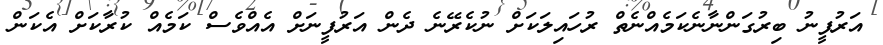
އަރުފީނު ބިރުގަންނާނެކަމެއްނެތް ރުހައިލަކަށް ނުކެރޭނެ ދެން އަރުފީނަށް އެއްވެސް ކަމެއް ކުރާކަށް އެކަން